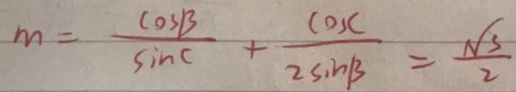
m = \frac { \cos B } { \sin C } + \frac { \cos C } { 2 \sin B } = \frac { \sqrt { 3 } } { 2 }